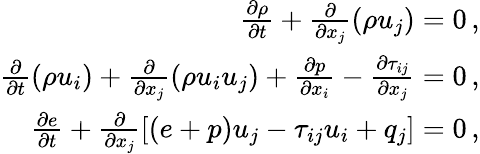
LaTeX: \begin{array}{r}{\frac{\partial\rho}{\partial t}+\frac{\partial}{\partial x_{j}}\left(\rho u_{j}\right)=0\, \mathrm{,}}\\ {\frac{\partial}{\partial t}\left(\rho u_{i}\right)+\frac{\partial}{\partial x_{j}}\left(\rho u_{i}u_{j}\right)+\frac{\partial p}{\partial x_{i}}-\frac{\partial\tau_{ij}}{\partial x_{j}}=0\, \mathrm{,}}\\ {\frac{\partial e}{\partial t}+\frac{\partial}{\partial x_{j}}\left[\left(e+p\right)u_{j}-\tau_{ij}u_{i}+q_{j}\right]=0\, \mathrm{,}}\end{array}